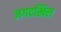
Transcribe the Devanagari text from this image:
जगदखिल